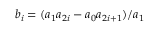
b _ { i } = ( a _ { 1 } a _ { 2 i } - a _ { 0 } a _ { 2 i + 1 } ) / a _ { 1 }